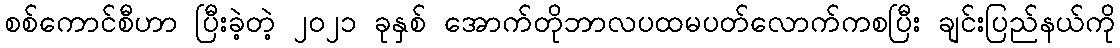
စစ်ကောင်စီဟာ ပြီးခဲ့တဲ့ ၂၀၂၁ ခုနှစ် အောက်တိုဘာလပထမပတ်လောက်ကစပြီး ချင်းပြည်နယ်ကို